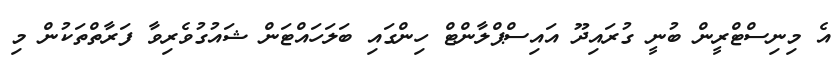
އެ މިނިސްޓްރީން ބުނީ ގުރައިދޫ އައިސްޕްލާންޓް ހިންގައި ބަލަހައްޓަން ޝައުގުވެރިވާ ފަރާތްތަކުން މި